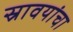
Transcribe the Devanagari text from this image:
स्रावयांचा